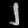
Digit: ၂